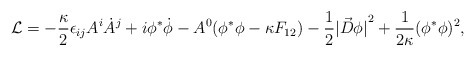
\begin{align*}{\cal L} = -{ \kappa \over 2} \epsilon_{ij} A^i \dot{A}^j + i \phi^* \dot{ \phi} -A^0(\phi^* \phi - \kappa F_{12} ) - {1 \over 2} {|{\vec{D}} \phi |}^2 + {1 \over {2 \kappa }}(\phi^* \phi )^2 ,\end{align*}